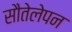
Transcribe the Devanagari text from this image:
सौतेलेपन